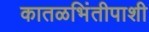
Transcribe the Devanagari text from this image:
कातळभिंतीपाशी